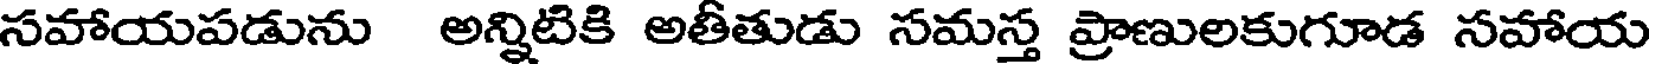
సహాయపడును అన్నిటికి అతీతుడు సమస్త ప్రాణులకుగూడ సహాయ